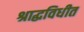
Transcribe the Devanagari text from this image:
श्राद्धविधीत